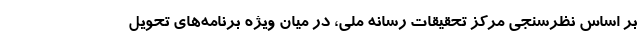
بر اساس نظرسنجی مرکز تحقیقات رسانه ملی، در میان ویژه برنامه‌های تحویل